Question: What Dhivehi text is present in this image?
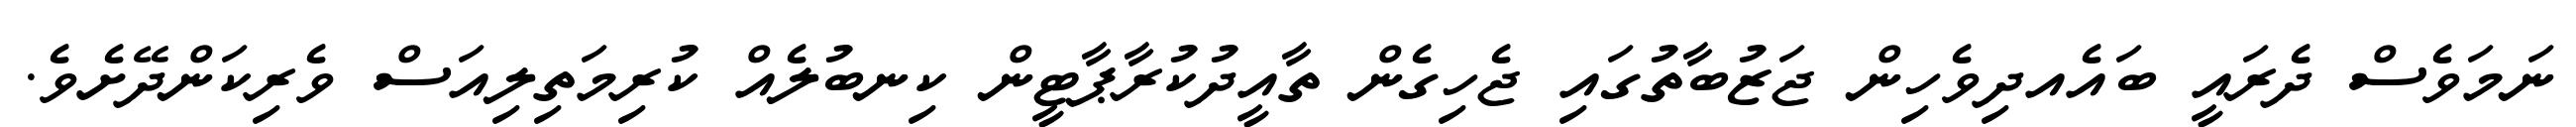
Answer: ނަމަވެސް ދެރައީ ބައެއދިވެހިން ޖަޒުބާތުގައި ޖެހިގެން ތާއީދުކުރާޕާޓީން ކިނބުލެއް ކުރިމަތިލިއަސް ވެރިކަންދޭށެވެ.